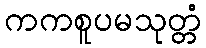
ကကစူပမသုတ္တံ